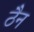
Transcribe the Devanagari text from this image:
ठैन